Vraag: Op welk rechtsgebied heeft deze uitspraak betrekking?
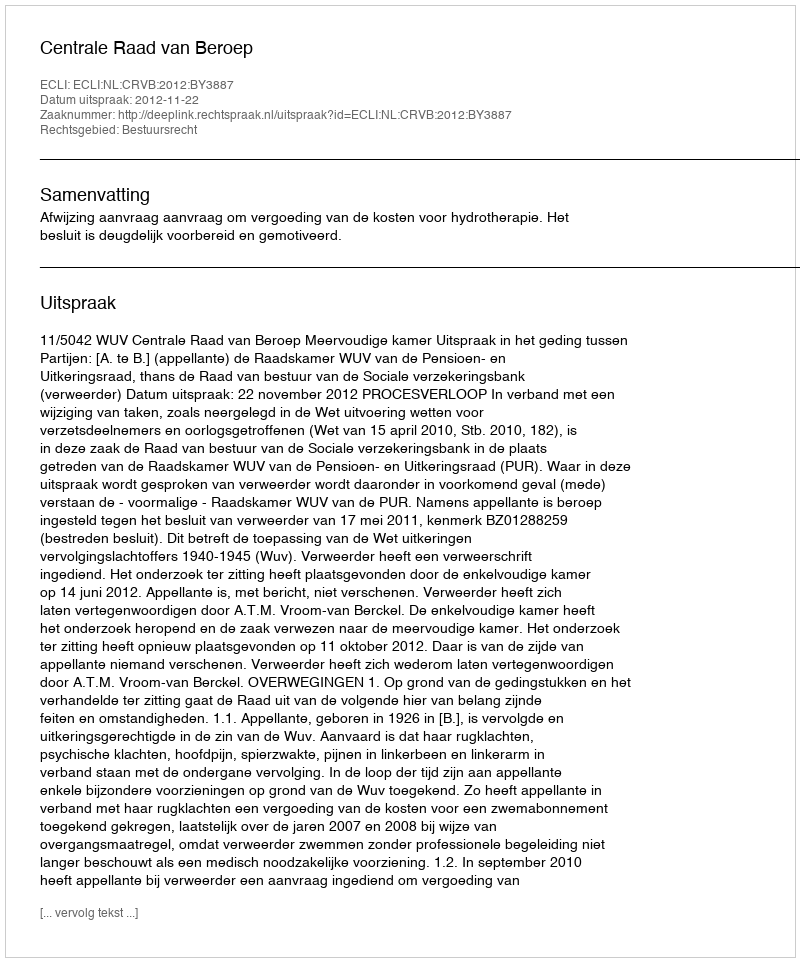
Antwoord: Bestuursrecht